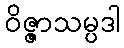
ဝိဇ္ဇာသမ္ပဒါ